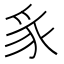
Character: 𮙥